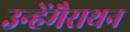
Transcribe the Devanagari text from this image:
उन्हेंमैराथन